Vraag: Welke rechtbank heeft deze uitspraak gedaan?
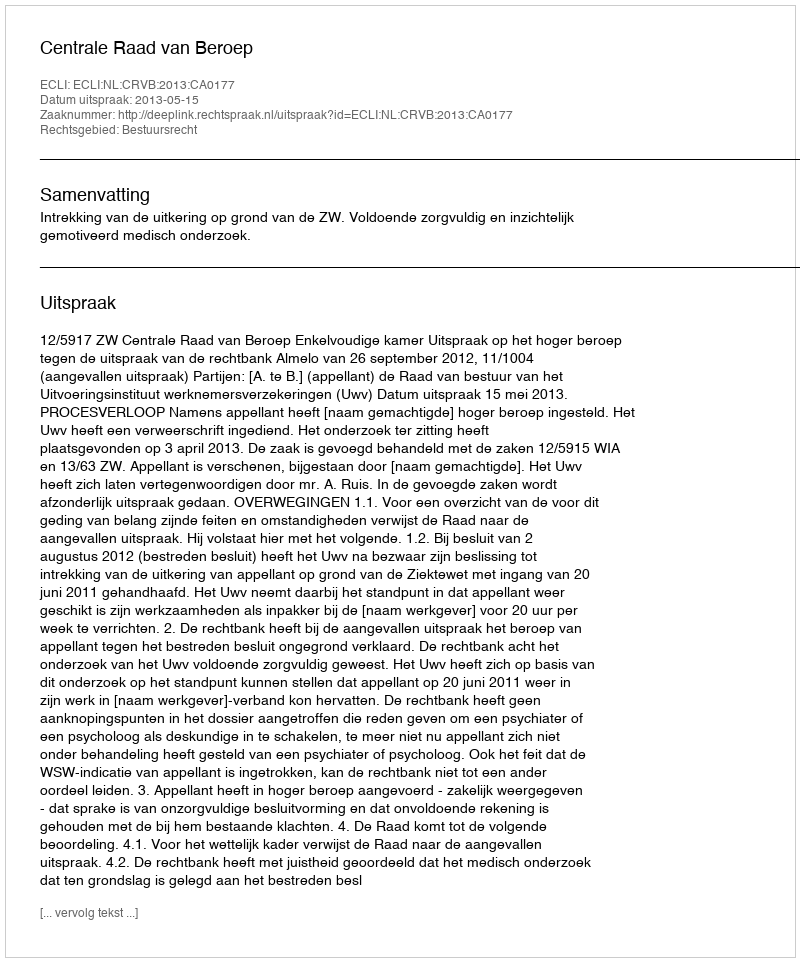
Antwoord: Centrale Raad van Beroep